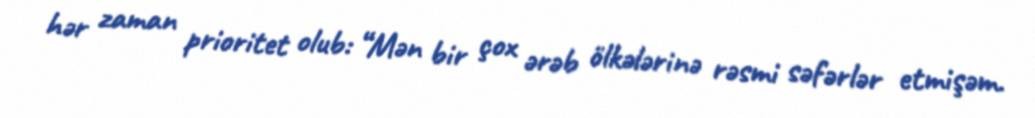
hər zaman prioritet olub: “Mən bir çox ərəb ölkələrinə rəsmi səfərlər etmişəm.